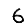
Digit: 6